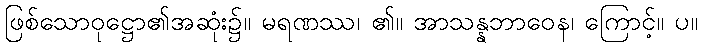
ဖြစ်သောဝုဋ္ဌော၏အဆုံး၌။ မရဏဿ၊ ၏။ အာသန္နဘာဝေန၊ ကြောင့်။ ပ။